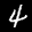
Label: 4